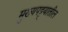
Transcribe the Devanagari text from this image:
मुख्यपट्ट्यातील